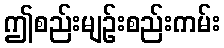
ဤစည်းမျဉ်းစည်းကမ်း